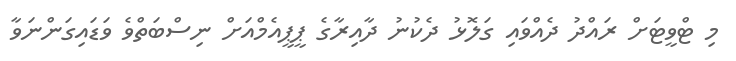
މި ޓްވީޓަށް ރައްދު ދެއްވައި ގަލޮޅު ދެކުނު ދާއިރާގެ ޕީޕީއެމްއަށް ނިސްބަތްވެ ވަޑައިގަންނަވާ